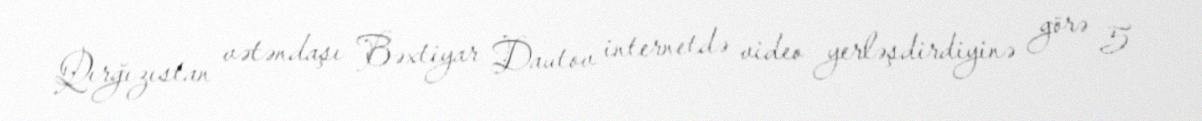
Qırğızıstan vətəndaşı Bəxtiyar Dautov internetdə video yerləşdirdiyinə görə 5